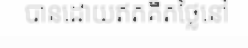
បានដោយឥតគិតថ្លៃនៅ